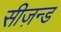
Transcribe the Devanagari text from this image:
सीज़न्ड